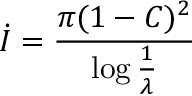
\dot { I } = { \frac { \pi ( 1 - C ) ^ { 2 } } { \log { \frac { 1 } { \lambda } } } }